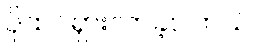
ပိုထင်ရှားလာခဲ့ပါတယ်။